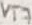
Text: VT7